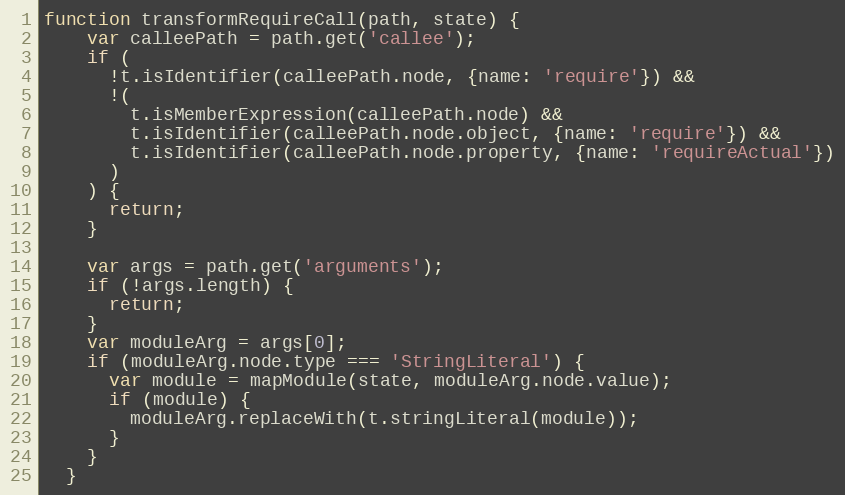
Language: JavaScript
function transformRequireCall(path, state) {
    var calleePath = path.get('callee');
    if (
      !t.isIdentifier(calleePath.node, {name: 'require'}) &&
      !(
        t.isMemberExpression(calleePath.node) &&
        t.isIdentifier(calleePath.node.object, {name: 'require'}) &&
        t.isIdentifier(calleePath.node.property, {name: 'requireActual'})
      )
    ) {
      return;
    }

    var args = path.get('arguments');
    if (!args.length) {
      return;
    }
    var moduleArg = args[0];
    if (moduleArg.node.type === 'StringLiteral') {
      var module = mapModule(state, moduleArg.node.value);
      if (module) {
        moduleArg.replaceWith(t.stringLiteral(module));
      }
    }
  }